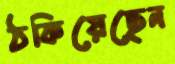
ঠকিয়েছেন